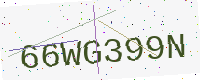
Text: 66WG399N